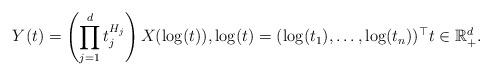
LaTeX: \begin{align*}Y(t) = \left(\prod_{j=1}^dt_j^{H_j}\right) X(\log(t)), \log(t) = (\log(t_1), \dots, \log(t_n))^{\top} t\in \mathbb{R}^d_+.\end{align*}